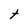
Character: t